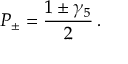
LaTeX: P _ { \pm } = { \frac { 1 \pm \gamma _ { 5 } } { 2 } } \, .